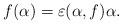
LaTeX: \begin{align*}f(\alpha)=\varepsilon(\alpha,f)\alpha.\end{align*}